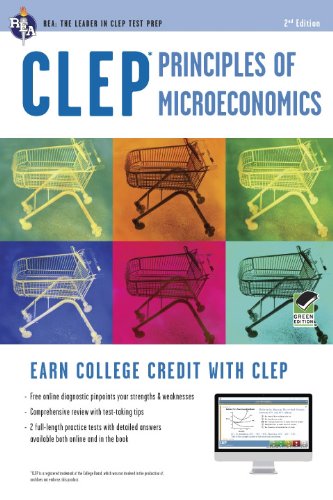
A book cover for CLEPÂ® Principles of Microeconomics Book + Online (CLEP Test Preparation); Richard Sattora; Test Preparation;